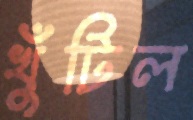
খুঁটিল